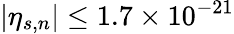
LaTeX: \lvert\eta_{s,n}\rvert\leq 1.7\times 10^{-21}